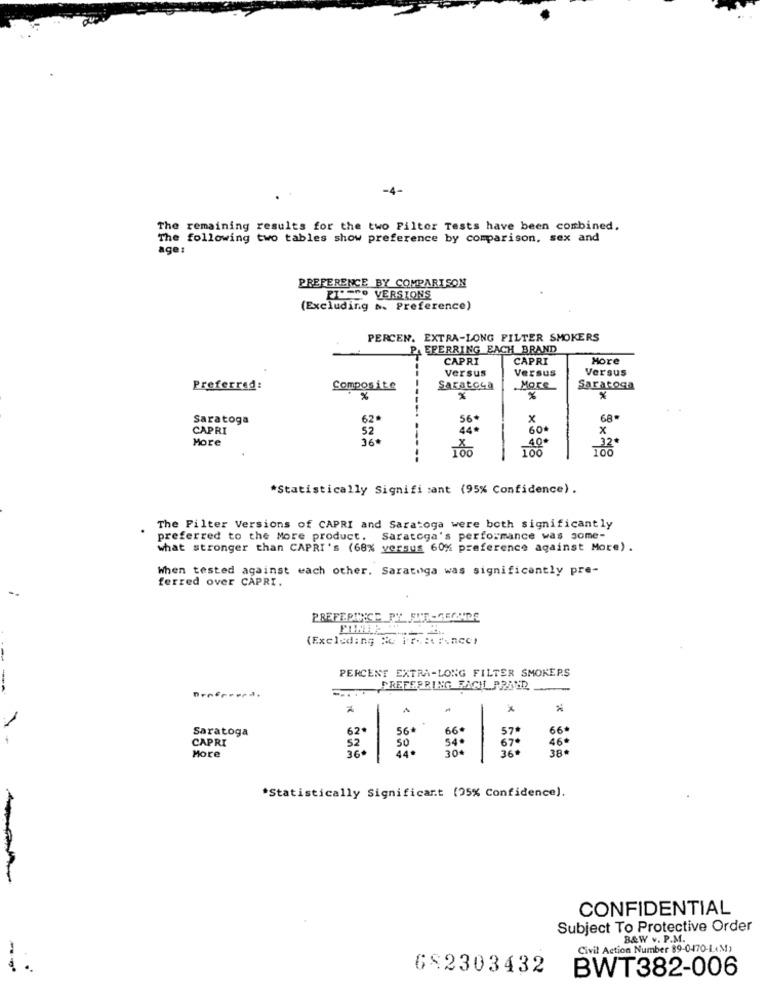
-4-
The remaining results for the two Filter Tests have been combined.
The following two tables show preference by comparison, sex and
age:
PREFERENCE BY COMPARISON
PIANO VERSIONS
(Excluding N. Preference)
PERCEN. EXTRA-LONG FILTER SMOKERS
PA EFERRING EACH BRAND
CAPRI
CAPRI
More
Versus
Versus
Versus
Preferred:
Composite
Saratoga
. More
Saratoga
%
%
----.
Saratoga
62
56
x
68
CAPRI
52
44*
60*
X
More
36.
-----
*Statistically Signifi :ant (95% Confidence).
The Filter Versions of CAPRI and Saratoga were both significantly
preferred to the More product. Saratoga's performance was some-
what stronger than CAPRI's (68% versus 60% preference against More) .
When tested against each other. Saratoga was significantly pre-
ferred over CAPRI.
PREFERINGE PY FITLGEONDE
(Excluding 80 17-Bo"incc)
PERCENT EXTRA-LONG FILTER SMOKERS
PREFERRING FACIL PRAD
-
1
Saratoga
62
56+
66€
57ª
66*
CAPRI
52
50
54.
67
46ª
More
30€
36
38*
44ª
*Statistically Significant (25% Confidence).
CONFIDENTIAL
Subject To Protective Order
B&W v. P.M.
Civil Action Number 89-0470-LAM,
--
682303432
BWT382-006